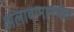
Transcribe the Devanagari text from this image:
अलाबामामधील